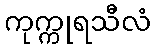
ကုက္ကုရသီလံ